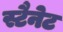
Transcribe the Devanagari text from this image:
स्टैनेट